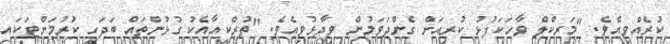
ކުރެއްވިއެވެ. "މަރކްލް ވާހަކަފުޅު ކުރިއަށް ގެންދަވަމުން ވިދާޅުވިއެވެ. "ތުރްކީއާއެކު ގުޅުންތައް ބަދަހި ކުރުމަށްޓަކައި